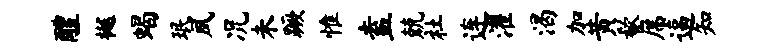
醴樾蝎珉夙况未蹶惟盍兢社连濯渴加黄欷席逼知